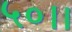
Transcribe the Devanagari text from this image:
५०।।